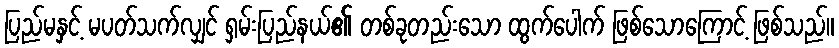
ပြည်မနှင့် မပတ်သက်လျှင် ရှမ်းပြည်နယ်၏ တစ်ခုတည်းသော ထွက်ပေါက် ဖြစ်သောကြောင့် ဖြစ်သည်။